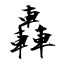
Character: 轟